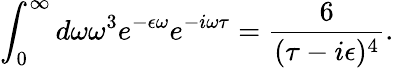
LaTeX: \int_{0}^{\infty}d\omega\omega^{3}e^{-\epsilon\omega}e^{-i\omega\tau}=\frac{6}{(\tau-i\epsilon)^{4}}.